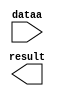
// megafunction wizard: %LPM_ADD_SUB%VBB%
// GENERATION: STANDARD
// VERSION: WM1.0
// MODULE: lpm_add_sub 

// ============================================================
// Megafunction Name(s):
// 			lpm_add_sub
//
// Simulation Library Files(s):
// 			lpm
// ============================================================
// ************************************************************
// THIS IS A WIZARD-GENERATED FILE. DO NOT EDIT THIS FILE!
//
// 9.1 Build 222 10/21/2009 SJ Full Version
// ************************************************************

//Copyright (C) 1991-2009 Altera Corporation
//Your use of Altera Corporation's design tools, logic functions 
//and other software and tools, and its AMPP partner logic 
//functions, and any output files from any of the foregoing 
//(including device programming or simulation files), and any 
//associated documentation or information are expressly subject 
//to the terms and conditions of the Altera Program License 
//Subscription Agreement, Altera MegaCore Function License 
//Agreement, or other applicable license agreement, including, 
//without limitation, that your use is for the sole purpose of 
//programming logic devices manufactured by Altera and sold by 
//Altera or its authorized distributors.  Please refer to the 
//applicable agreement for further details.

module lpm_add_sub11 (
	dataa,
	result);

	input	[127:0]  dataa;
	output	[127:0]  result;

endmodule

// ============================================================
// CNX file retrieval info
// ============================================================
// Retrieval info: PRIVATE: CarryIn NUMERIC "0"
// Retrieval info: PRIVATE: CarryOut NUMERIC "0"
// Retrieval info: PRIVATE: ConstantA NUMERIC "0"
// Retrieval info: PRIVATE: ConstantB NUMERIC "11"
// Retrieval info: PRIVATE: Function NUMERIC "0"
// Retrieval info: PRIVATE: INTENDED_DEVICE_FAMILY STRING "Stratix II"
// Retrieval info: PRIVATE: LPM_PIPELINE NUMERIC "0"
// Retrieval info: PRIVATE: Latency NUMERIC "0"
// Retrieval info: PRIVATE: Overflow NUMERIC "0"
// Retrieval info: PRIVATE: RadixA NUMERIC "10"
// Retrieval info: PRIVATE: RadixB NUMERIC "10"
// Retrieval info: PRIVATE: Representation NUMERIC "1"
// Retrieval info: PRIVATE: SYNTH_WRAPPER_GEN_POSTFIX STRING "0"
// Retrieval info: PRIVATE: ValidCtA NUMERIC "0"
// Retrieval info: PRIVATE: ValidCtB NUMERIC "1"
// Retrieval info: PRIVATE: WhichConstant NUMERIC "2"
// Retrieval info: PRIVATE: aclr NUMERIC "0"
// Retrieval info: PRIVATE: clken NUMERIC "0"
// Retrieval info: PRIVATE: nBit NUMERIC "128"
// Retrieval info: CONSTANT: LPM_DIRECTION STRING "ADD"
// Retrieval info: CONSTANT: LPM_HINT STRING "ONE_INPUT_IS_CONSTANT=YES,CIN_USED=NO"
// Retrieval info: CONSTANT: LPM_REPRESENTATION STRING "UNSIGNED"
// Retrieval info: CONSTANT: LPM_TYPE STRING "LPM_ADD_SUB"
// Retrieval info: CONSTANT: LPM_WIDTH NUMERIC "128"
// Retrieval info: USED_PORT: dataa 0 0 128 0 INPUT NODEFVAL dataa[127..0]
// Retrieval info: USED_PORT: result 0 0 128 0 OUTPUT NODEFVAL result[127..0]
// Retrieval info: CONNECT: result 0 0 128 0 @result 0 0 128 0
// Retrieval info: CONNECT: @dataa 0 0 128 0 dataa 0 0 128 0
// Retrieval info: CONNECT: @datab 0 0 128 0 11 0 0 0 0
// Retrieval info: LIBRARY: lpm lpm.lpm_components.all
// Retrieval info: GEN_FILE: TYPE_NORMAL lpm_add_sub11.v TRUE
// Retrieval info: GEN_FILE: TYPE_NORMAL lpm_add_sub11.inc FALSE
// Retrieval info: GEN_FILE: TYPE_NORMAL lpm_add_sub11.cmp FALSE
// Retrieval info: GEN_FILE: TYPE_NORMAL lpm_add_sub11.bsf TRUE FALSE
// Retrieval info: GEN_FILE: TYPE_NORMAL lpm_add_sub11_inst.v FALSE
// Retrieval info: GEN_FILE: TYPE_NORMAL lpm_add_sub11_bb.v TRUE
// Retrieval info: GEN_FILE: TYPE_NORMAL lpm_add_sub11_waveforms.html TRUE
// Retrieval info: GEN_FILE: TYPE_NORMAL lpm_add_sub11_wave*.jpg FALSE
// Retrieval info: LIB_FILE: lpm